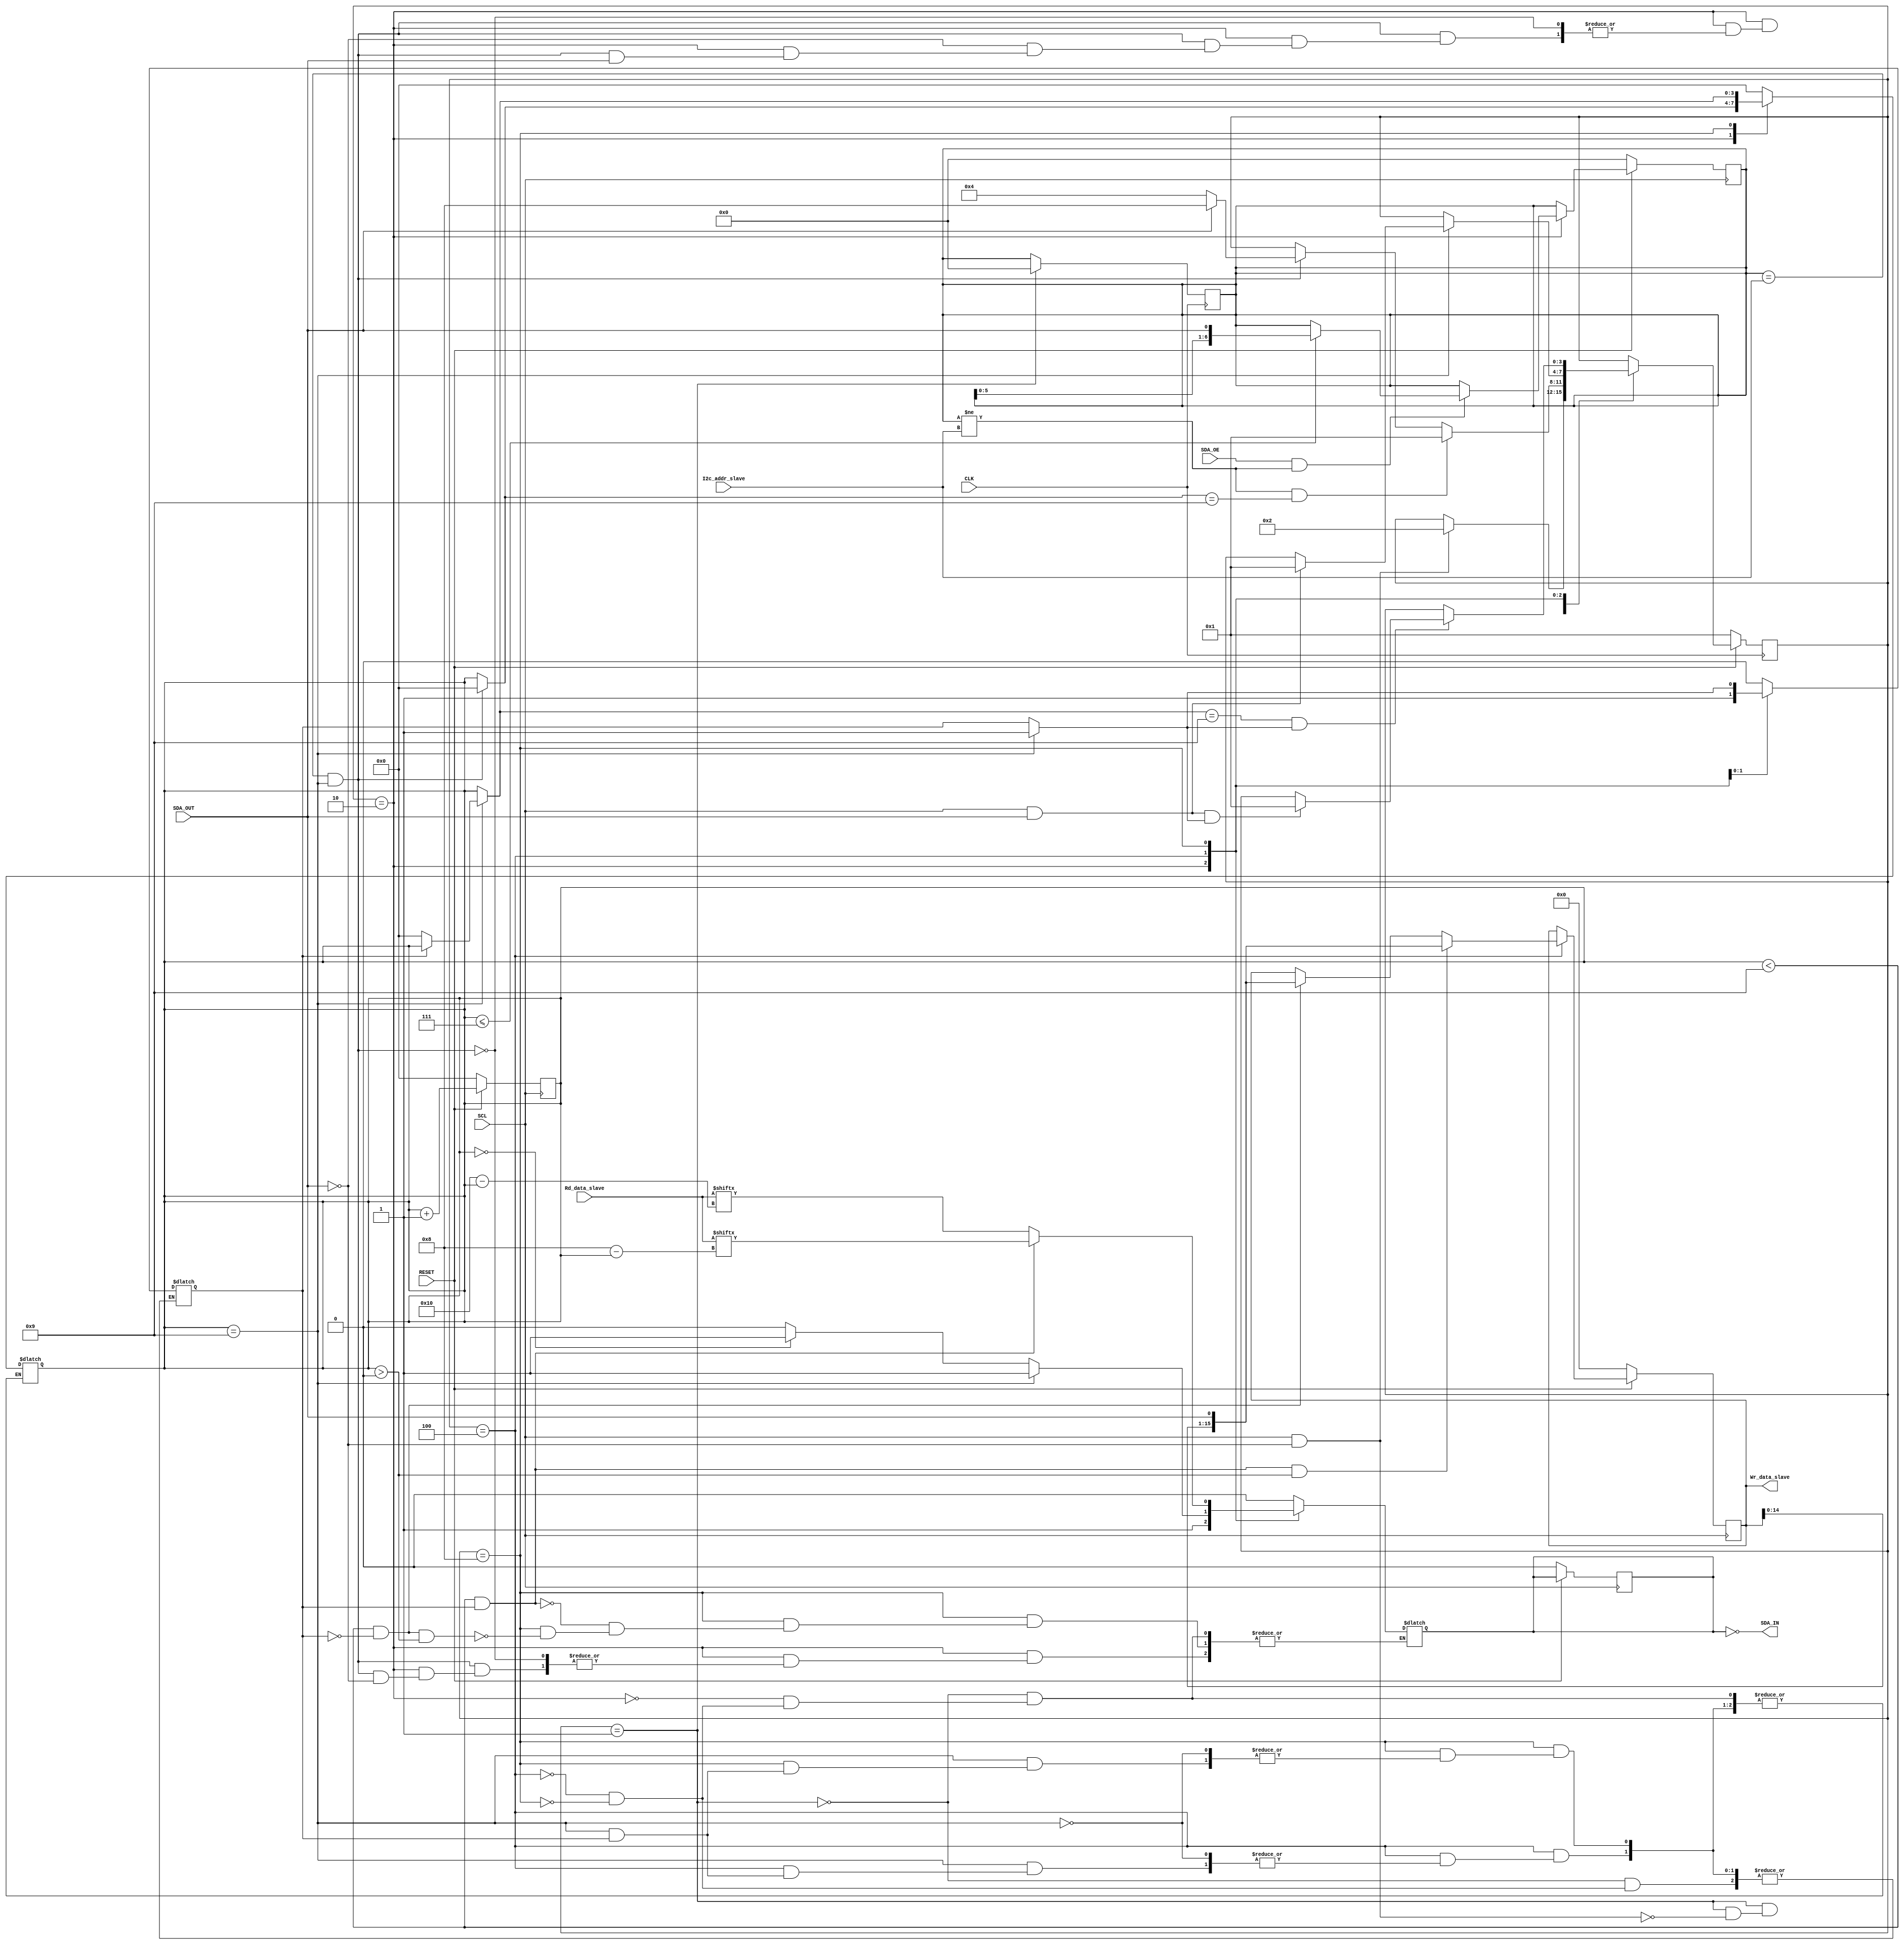
module slave_i2c(
    input wire CLK,         
    input wire RESET,       
    output SDA_IN,    
    input wire SDA_OE,      
    input wire [15:0] Rd_data_slave,
    output reg [15:0] Wr_data_slave, 
    input wire [6:0] I2c_addr_slave, 
    input wire SDA_OUT,      
    input wire SCL
    );

// Parametros para la maquina de estados
parameter START = 4'b0001; 
parameter COMPARING_ADDRESS = 4'b0010;
parameter WRITE = 4'b0100;
parameter READ = 4'b1000;

//Contador de bits
reg [3:0] Bit_counter;

// Señal para el estado actual de la máquina de estados
reg [3:0] actual_state, next_state;

// Señal para almacenar la dirección comparada y la próxima dirección a comparar
reg [6:0] Compare_address, Prox_compare_address;

// Señal para el próximo valor de SDA
reg Prox_sdain;

// Señal para el próximo dato a escribir en el esclavo
reg [15:0] Prox_wr_data_slave; 

// Señal para el número de transacciones
reg number_transaction = 0; 

// Señal para SDA de entrada
wire SDA_IN;

// Asignar el valor negado de sdain a SDA_IN
assign SDA_IN = ~sdain;

// Señal para SDA interna
reg sdain;

// Bloque siempre activado por el flanco positivo de CLK
always @(posedge CLK) begin
    // Si se activa la señal de reset, establecer el estado actual a START
    if (!RESET) begin 
        actual_state <= START;
    end else begin
        // De lo contrario, actualizar el estado actual al siguiente estado
        actual_state <= next_state;
    end
    
    // Si el estado actual es START, inicializar la dirección comparada a 0
    if (actual_state == START) begin
        Compare_address <= 16'b0000000000000000;
    end
end

// Bloque siempre activado por el flanco positivo de SCL
always @(posedge SCL) begin
    // Si se activa RESET, se reinician los contadores y señales a cero
    if (!RESET) begin
        Bit_counter <= 0;
        Compare_address <= 0; 
        sdain <= 0; 
        Wr_data_slave <= 0; 
    end else begin      
        // De lo contrario, se incrementa el contador de bits y se actualizan las señales intermedias
        Bit_counter <= Bit_counter + 1;
        Compare_address <= Prox_compare_address;
        sdain <= Prox_sdain;
        Wr_data_slave <= Prox_wr_data_slave;
    end
end 

// Logica combinacional
always @(*) begin
    // Inicializar el siguiente estado con el estado actual
    next_state = actual_state;

    // Inicializar la próxima señal de SDA con la señal de SDA actual
    Prox_sdain = sdain; 

    // Inicializar la próxima dirección a comparar con la dirección comparada actual
    Prox_compare_address = Compare_address;

    // Inicializar los próximos datos a escribir con los datos a escribir actuales
    Prox_wr_data_slave = Wr_data_slave;

    // Comienzo de la maquina de estados
    case (actual_state)
        // Comienza el estado 0001
        // Este estado es el encargado de manejar la lógica de inicio
        // cuando termina se va al estado de comparación de direcciones

        START: begin 
            sdain = 0; 
            number_transaction = 0; 
            if (SCL == 1 && SDA_OUT == 0) begin // Si SCL es 1 y SDA_OUT es 0, se cumple la condición de inicio
                Bit_counter = 0; 
                next_state = COMPARING_ADDRESS; 
            end
        end
        // Comienza el estado 0010
        // Este estado es el encargado de manejar la lógica de comparación
        // de direcciones, cuando termina se va a los estados de escritura o lectura

        COMPARING_ADDRESS: begin
            // La linea de abajo se encarga de comparar la dirección del slave con la dirección recibida
            if (SDA_OE == 1 && Compare_address != I2c_addr_slave) begin
                // Si es así, se incrementa el contador de bits y se actualiza la próxima dirección a comparar
                if (Bit_counter <= 7)begin
                    Prox_compare_address = {Compare_address, SDA_OUT};
                end
            end  
            // Si la dirección del slave es igual a la dirección recibida, se cumple la condición
            if (Compare_address == I2c_addr_slave && Bit_counter == 4'b1001) begin 
                // Si SDA_OUT es 0, se va al estado de escritura
                if (SDA_OUT == 0) begin
                    next_state = WRITE;
                    Bit_counter = 0; 
                end
                // Si SDA_OUT es 1, se va al estado de lectura
                if (SDA_OUT == 1) begin
                    next_state = READ;
                    sdain = 1; // Se establece sdain en 1 ya que es un estado de lectura 
                    Bit_counter = 0; 
                end
            end
            // Si la dirección del slave es diferente a la dirección recibida, se vuelve al estado de inicio
            // y se reinician los contadores
            if (Compare_address != I2c_addr_slave && Bit_counter == 4'b1001) begin
                next_state = START;
            end
        end
        // Comienza el estado 0100
        // Este estado es el encargado de manejar los valores en
        // el estado de escritura, cuando termina vuelve al inicio

        WRITE: begin 
            // La linea valida si Bit_counter es igual a 0, si es así, se establece sdain en 1
            if (Bit_counter == 4'b0000) begin
                sdain = 1; 
            end else begin
                sdain = 0; 
            end
            // La línea valida si Bit_counter es menor a 9 y number_transaction es igual a 0
            // Si es así, se concatenan los valores de Wr_data_slave y SDA_OUT
            if (Bit_counter < 4'b1001 && number_transaction == 0) begin
                Prox_wr_data_slave = {Wr_data_slave, SDA_OUT};
            end
            // La linea valida si Bit_counter es menor a 9 y number_transaction es igual a 1
            // Si es así, se concatenan los valores de Wr_data_slave y SDA_OUT
            if (Bit_counter < 4'b1001 && number_transaction == 1 && Bit_counter > 4'b0000) begin
                Prox_wr_data_slave = {Wr_data_slave, SDA_OUT};
            end
            // La linea valida si Bit_counter es igual a 9 y number_transaction es igual a 0
            if (Bit_counter == 4'b1001) begin
                // sdain se establece en 1 aqúi ya que es un estado de escritura 
                sdain = 1;
                // Si number_transaction es igual a 0, se reinician los contadores y se establece number_transaction en 1
                if (number_transaction == 0) begin
                    Bit_counter = 0;
                    number_transaction = 1; 
                end
                // Si SCL es 1, number_transaction es igual a 1, SDA_OUT es igual a 1, se vuelve al estado de inicio
                if (SCL == 1 && SDA_OUT == 1 && number_transaction == 1) begin
                    next_state = START; 
                end
            end
        end
        // Comienza el estado 1000
        // Este estado es el encargado de manejar los valores en
        // el estado de lectura, cuando termina vuelve al inicio

        READ: begin
            // La linea valida si Bit_counter es menor a 9 y number_transaction es igual a 0 y Bit_counter es mayor a 0
            if (Bit_counter < 4'b1001 && number_transaction == 0 && Bit_counter > 4'b0000) begin
                sdain = Rd_data_slave[16-Bit_counter];  // Esto lo que hace es que se lea el dato de la dirección del slave
                                                        // para que se pueda leer el dato de la dirección del master
            end
            // La linea valida si Bit_counter es menor a 9 y number_transaction es igual a 1
            if (Bit_counter < 4'b1001 && number_transaction == 1) begin
                sdain = Rd_data_slave[8-Bit_counter]; // Esto lo que hace es que se lea el dato de la dirección del slave
                                                      // para que se pueda leer el dato de la dirección del master
            end
            // Si se llega a Bit_counter igual a 9,
            if (Bit_counter == 4'b1001) begin
                // y que number_transaction sea igual a 0, se reinician los contadores y se establece number_transaction en 1
                if (number_transaction == 0) begin
                    Bit_counter = 0;
                    number_transaction = 1;
                end
            end
            // Si Bit_counter es igual a 9, number_transaction es igual a 1, SCL es igual a 1 y SDA_OUT es igual a 1
            // se vuelve al estado de inicio
            if (Bit_counter == 4'b1001 && number_transaction == 1) begin
                    if (SCL == 1 && SDA_OUT == 1 && number_transaction == 1) begin
                        next_state = START; 
                    end
            end
        end
    endcase
end

endmodule